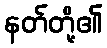
နတ်တို့၏